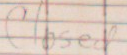
Closed